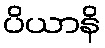
ပိယာနိ